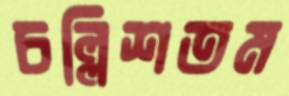
চল্লিশতম